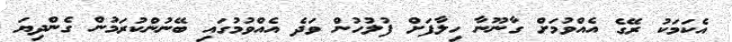
އެކަމަކު ރޭގެ އެއްވުމަށް ގާނޫނާ ހިލާފަށް ފުލުހުން ވަދެ އެއްވުމުގައި ބޭނުންކުރަމުން ގެންދިޔަ